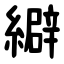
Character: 䌟